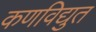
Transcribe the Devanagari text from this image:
कणविद्युत